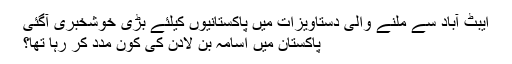
ایبٹ آباد سے ملنے والی دستاویزات میں پاکستانیوں کیلئے بڑی خوشخبری آگئی
پاکستان میں اسامہ بن لادن کی کون مدد کر رہا تھا؟